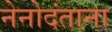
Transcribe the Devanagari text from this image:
नेनोदंताना